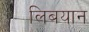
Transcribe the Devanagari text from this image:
लिबयान